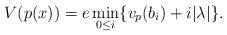
LaTeX: \begin{align*}V(p(x))=e \displaystyle\min_{0\leq i}^{}\{v_p(b_i)+i \lvert\lambda\rvert\}.\end{align*}